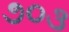
૭૦૩